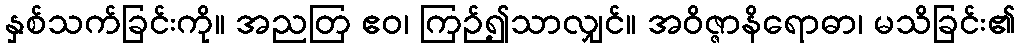
နှစ်သက်ခြင်းကို။ အညတြ ဧဝ၊ ကြဉ်၍သာလျှင်။ အဝိဇ္ဇာနိရောဓာ၊ မသိခြင်း၏